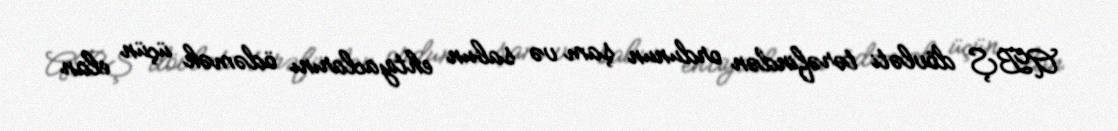
ABŞ dövləti tərəfindən ordunun şam və sabun ehtiyaclarını ödəmək üçün elan